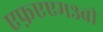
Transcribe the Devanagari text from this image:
एफ़एएम३बी